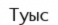
Туыс